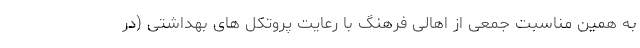
به همین مناسبت جمعی از اهالی فرهنگ با رعایت پروتکل های بهداشتی (در